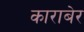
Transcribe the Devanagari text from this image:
काराबेर